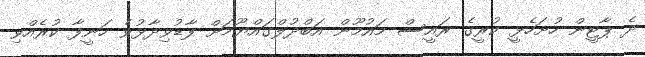
ދެ ޕާޓީން ހުށަހެޅީ ކުރީގެ ރައީސް މައުމޫން އަބްދުލްގައްޔޫމަށް ފާޑުވިދާޅުވެ ހަނީފާ ކުރެއްވި